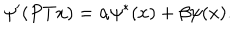
\psi ^ { \prime } ( P T x ) = \alpha \psi ^ { * } ( x ) + \beta \psi ( x ) .